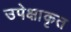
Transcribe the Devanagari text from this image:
उपेक्षाकृत